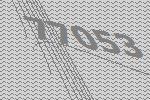
77053